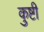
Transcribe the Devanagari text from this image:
कुष्टी